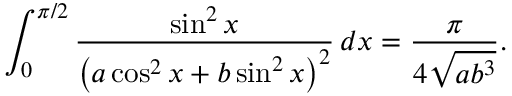
\int _ { 0 } ^ { \pi / 2 } { \frac { \sin ^ { 2 } x } { \left( a \cos ^ { 2 } x + b \sin ^ { 2 } x \right) ^ { 2 } } } \, d x = { \frac { \pi } { 4 { \sqrt { a b ^ { 3 } } } } } .